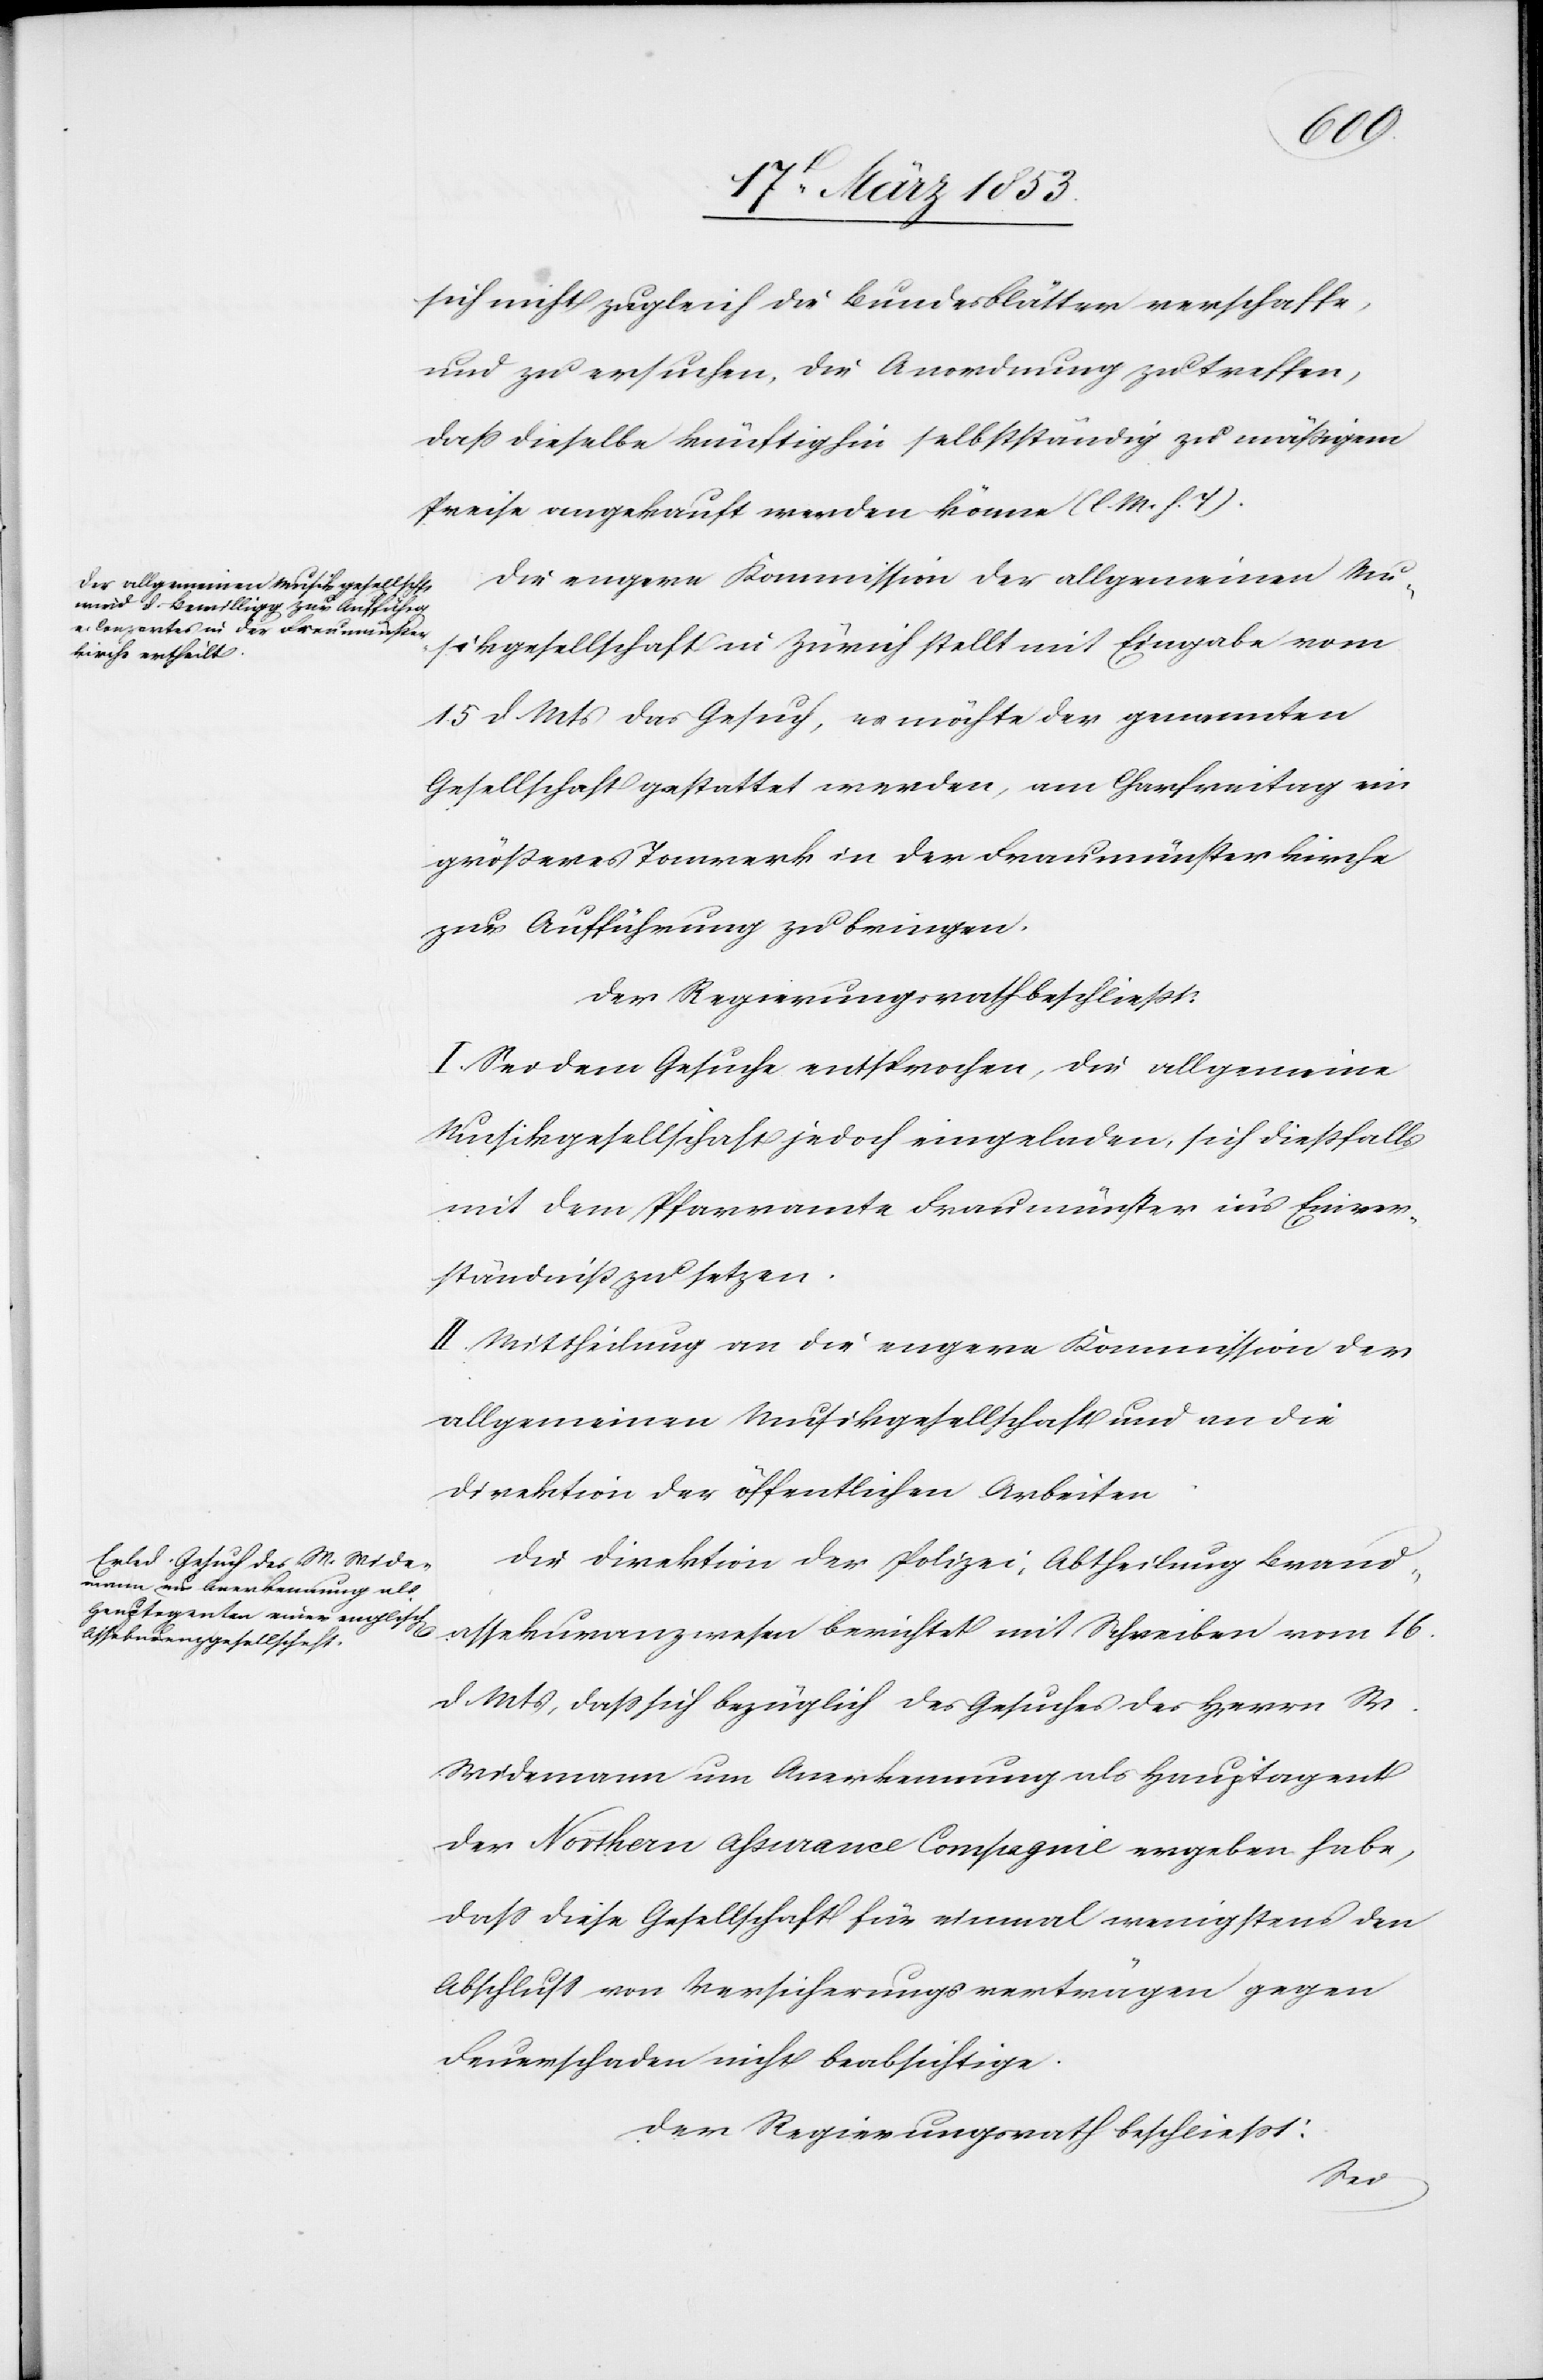
sich nicht zugleich die Bundesblätter verschaffe,
und zu ersuchen, die Anordnung zu treffen,
daß dieselbe künftighin selbständig zu mäßigem
Preise angekauft werden könne [l. M. h. T]
Die engere Kommission der allgemeinen Mus¬
ikgesellschaft in Zürich stellt mit Eingabe vom
15 d. Mts. das Gesuch, es möchte der genannten
Gesellschaft gestattet werden, am Charfreitag ein
größeres Tonwerk in der Fraumünsterkirche
zur Aufführung zu bringen.
Der Regierungsrath beschließt:
I. Sei dem Gesuche entsprochen, die allgemeine
Musikgesellschaft jedoch eingeladen, sich dießfalls
mit dem Pfarramte Fraumünster ins Einver¬
ständniß zu setzen.
II. Mittheilung an die engere Kommission der
allgemeinen Musikgesellschaft und an die
Direktion der öffentlichen Arbeiten.
Die Direktion der Polizei-Abtheilung Brand¬
assekuranzwesen berichtet mit Schreiben vom 16
d. Mts., daß sich bezüglich des Gesuches des Herrn M.
Widemann um Anerkennung als Hauptagent
der Northern Assurance Compagnie ergeben habe,
daß diese Gesellschaft für einmal wenigstens der
Abschluß von Versicherungsverträgen gegen
Feuerschaden nicht beabsichtige.